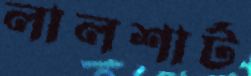
লালশার্ট